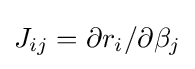
{\textstyle J_{ij}={\partial r_{i}}/{\partial \beta _{j}}}